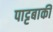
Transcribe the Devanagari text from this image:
पाट्टबाकी